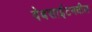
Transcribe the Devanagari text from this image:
वेबसाईटमधील